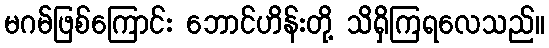
မဂမ်ဖြစ်ကြောင်း ဘောင်ဟိန်းတို့ သိရှိကြရလေသည်။